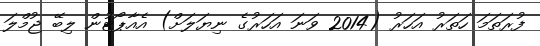
ފުރަތަމަ ހަތަރު އަހަރު (2014 ވަނަ އަހަރުގެ ނިޔަލަށް) އެއާޕޯޓުން ލިބޭ ޖުމްލަ